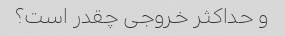
و حداکثر خروجی چقدر است؟